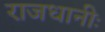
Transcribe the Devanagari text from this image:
राजधानीः